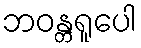
ဘဝန္တရူပေါ